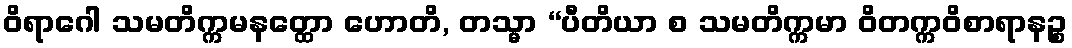
ဝိရာဂေါ သမတိက္ကမနတ္ထော ဟောတိ, တသ္မာ “ပီတိယာ စ သမတိက္ကမာ ဝိတက္ကဝိစာရာနဉ္စ